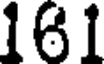
161